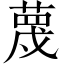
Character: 蔑